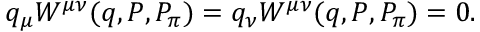
q _ { \mu } W ^ { \mu \nu } ( q , P , P _ { \pi } ) = q _ { \nu } W ^ { \mu \nu } ( q , P , P _ { \pi } ) = 0 .